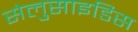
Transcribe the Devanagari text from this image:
सेलुसाइडिस